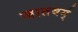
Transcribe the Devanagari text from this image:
जातवर्ग्